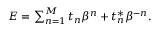
\begin{array} { r } { E = \sum _ { n = 1 } ^ { M } t _ { n } \beta ^ { n } + t _ { n } ^ { \ast } \beta ^ { - n } . } \end{array}